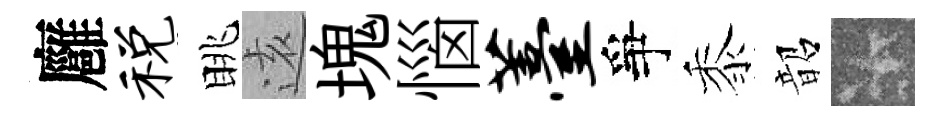
廱税眺逺塊惱薹爭黍韶卡